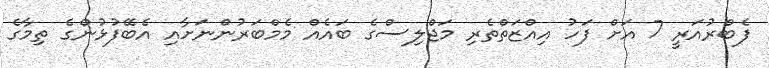
ފެބްރުއަރީ 7 އަށް ފަހު އިއްޒަތްތެރި މަޖްލިސްގެ ބައެއް މެމްބަރުންނަށާއި އެބޭފުޅުންގެ ތިމާގެ